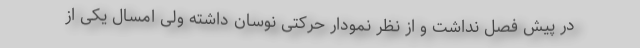
در پیش فصل نداشت و از نظر نمودار حرکتی نوسان داشته ولی امسال یکی از